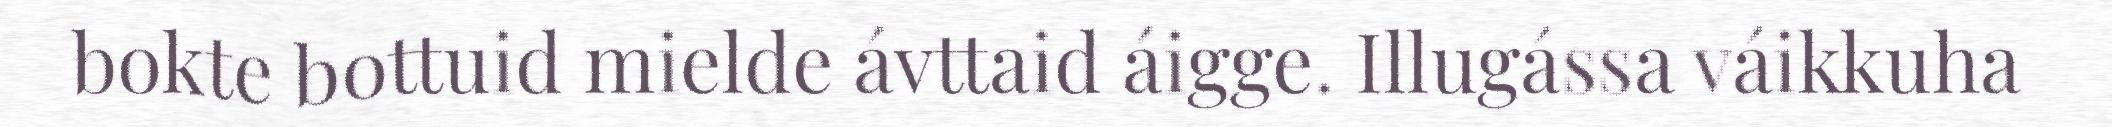
bokte bottuid mielde ávttaid áigge. Illugássa váikkuha